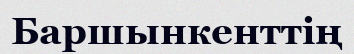
Баршынкенттің